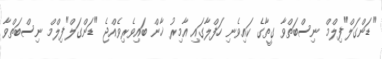
"ޑަންގަލް"ފިލްމް ނިސްބަތްވާ ގީތާގެ ކައިވެނި ހަފްލާގައި އާމިރު ޚާން ބައިވެރިވެއްޖެ "ޑަންގަލް"ފިލްމް ނިސްބަތްވާ